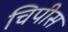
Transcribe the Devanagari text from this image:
चिपीस